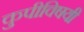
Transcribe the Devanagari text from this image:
कुपीविषयी